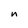
Character: n